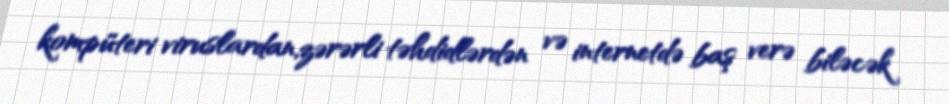
kompüteri viruslardan,zərərli təhdidlərdən və internetdə baş verə biləcək